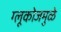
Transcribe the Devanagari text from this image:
ग्लूकोजमुळे